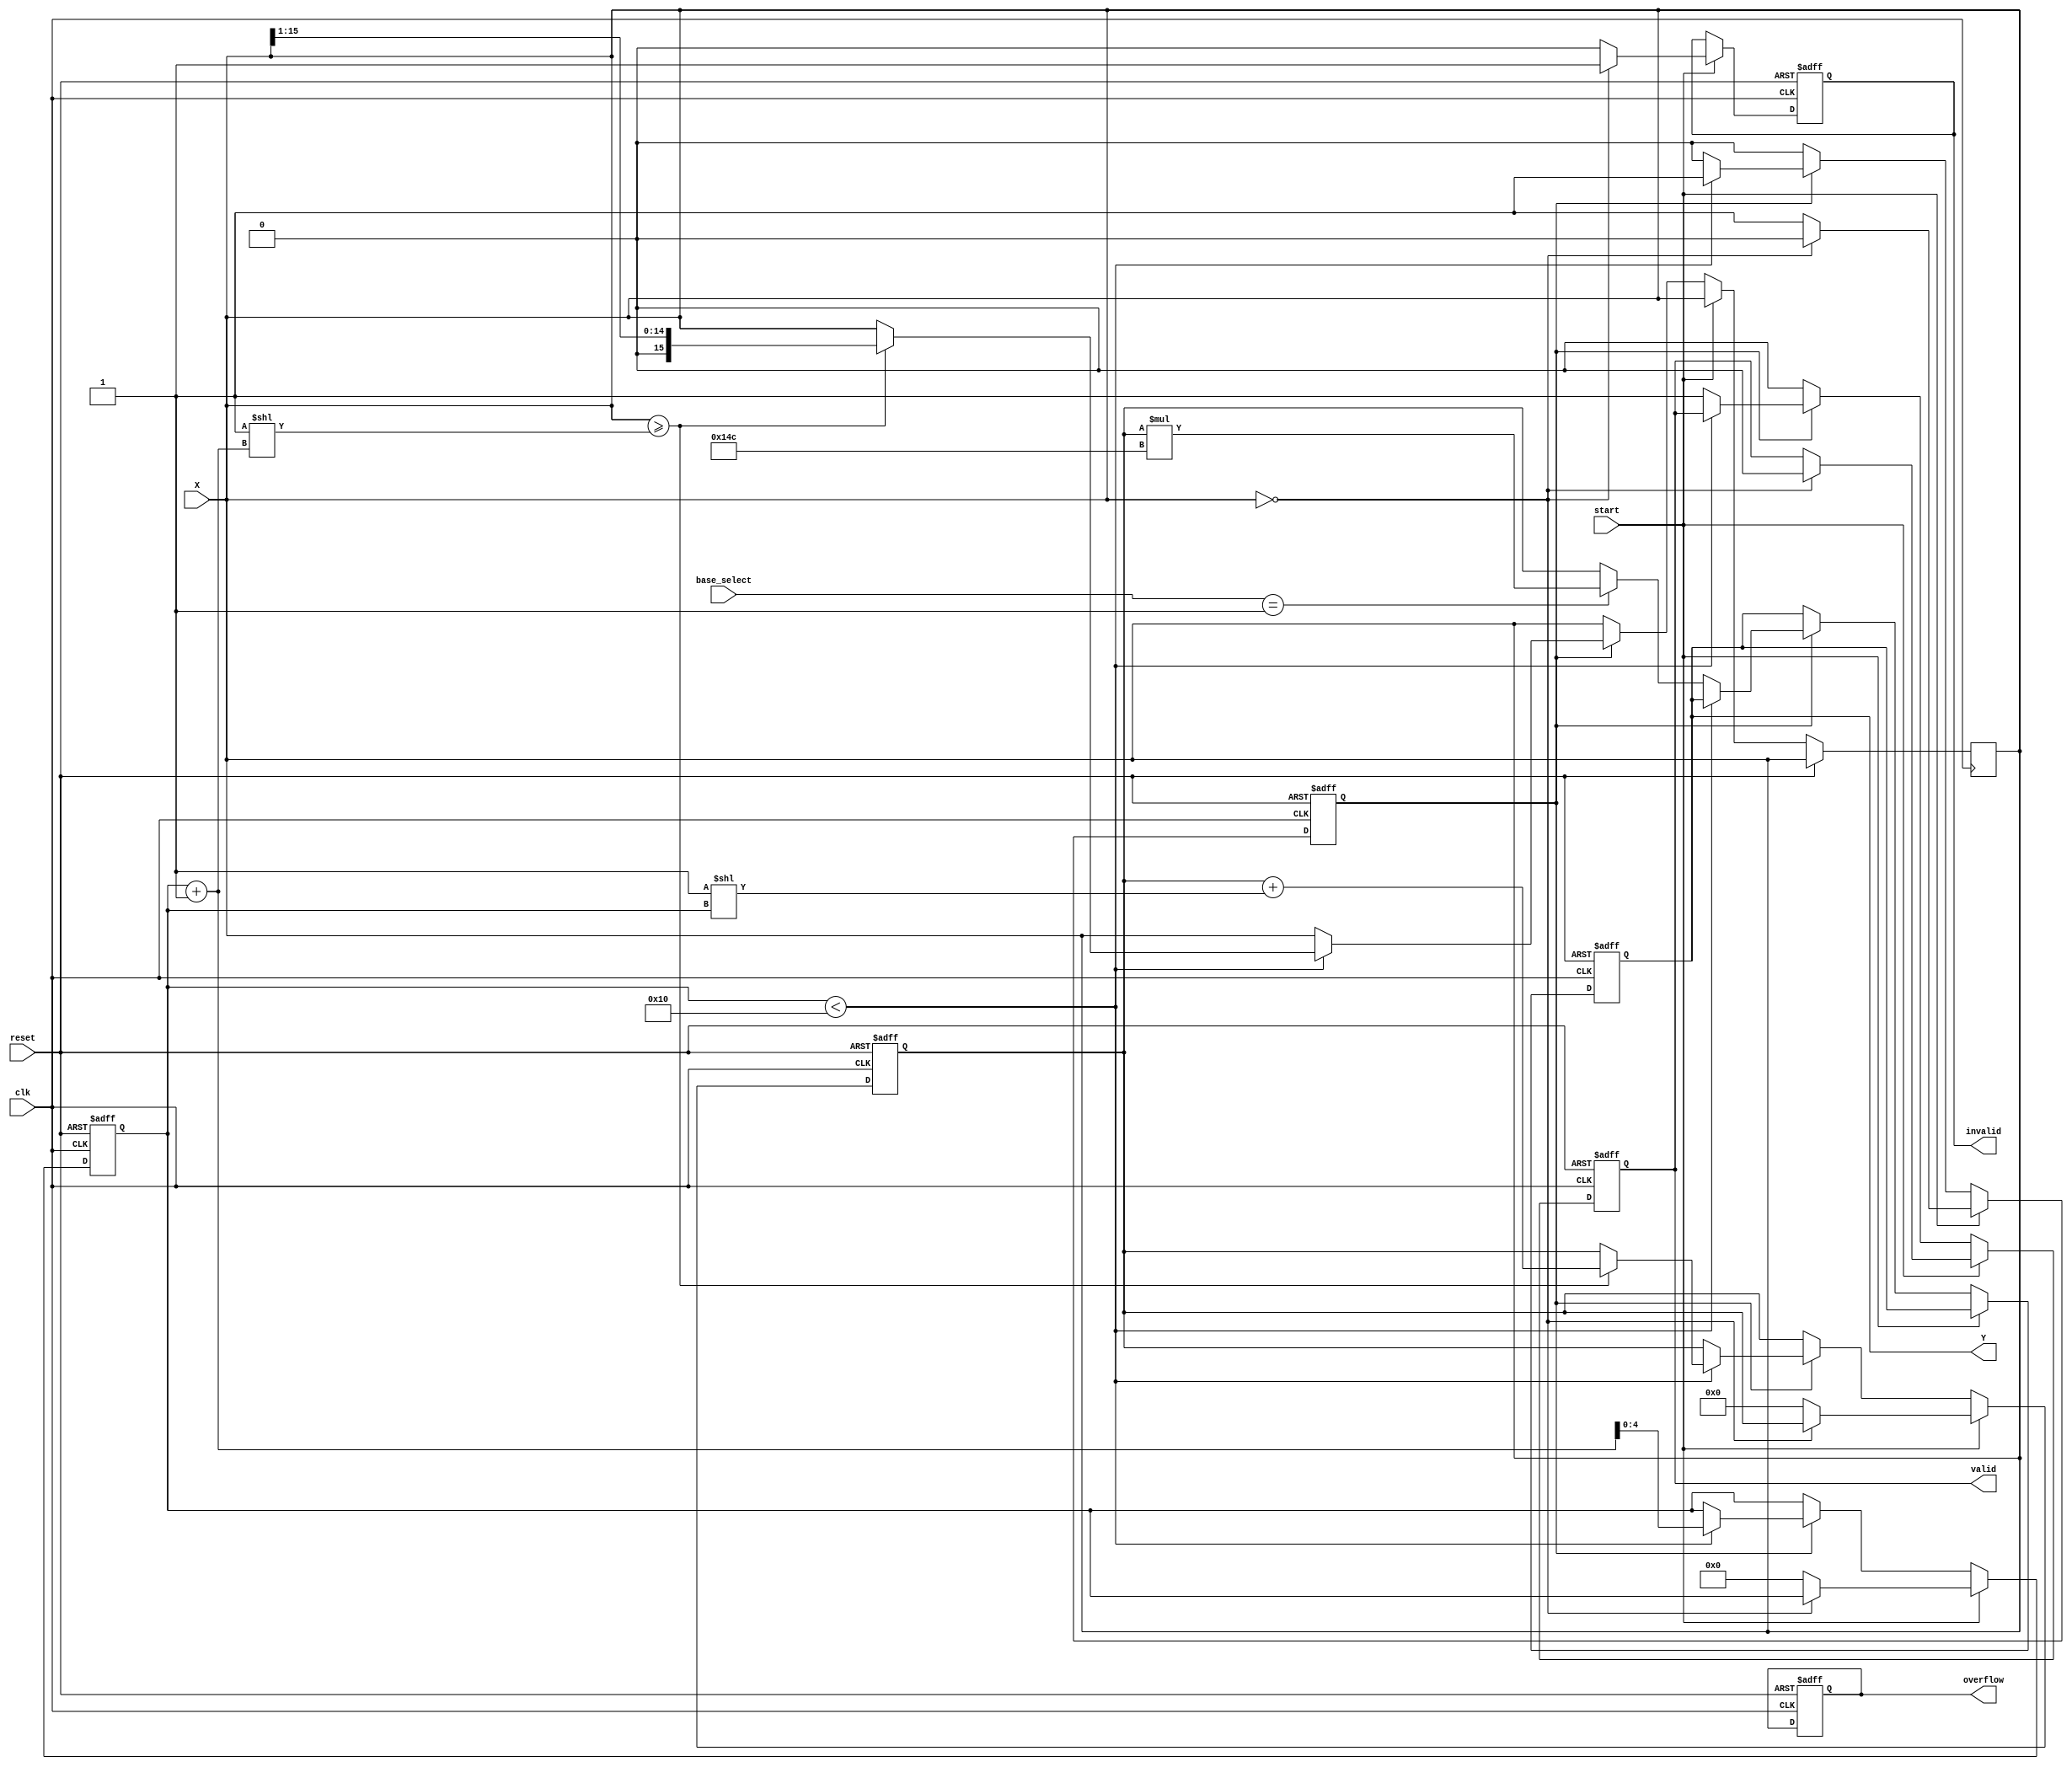
module LogarithmFunctionGenerator (
    input wire [15:0] X,           // Input value (fixed-point)
    input wire [1:0] base_select,  // Control signal for selecting base (00: base 2, 01: base 10)
    input wire start,              // Start computation signal
    input wire clk,                // Clock signal
    input wire reset,              // Reset signal
    output reg [15:0] Y,           // Logarithm output
    output reg valid,              // Output valid flag
    output reg invalid,            // Invalid input flag
    output reg overflow            // Overflow flag
);

    reg [15:0] log_value;          // Intermediate logarithm value
    reg [4:0] counter;             // Iteration counter
    reg computing;                 // Flag to indicate computation in progress

    // Constants for base conversion (for base 10)
    parameter BASE_10_SCALE = 16'd332; // Approximation constant for base 10 conversion

    // State machine for logarithm computation
    always @(posedge clk or posedge reset) begin
        if (reset) begin
            Y <= 16'd0;
            valid <= 1'b0;
            invalid <= 1'b0;
            overflow <= 1'b0;
            log_value <= 16'd0;
            counter <= 5'd0;
            computing <= 1'b0;
        end else if (start) begin
            if (X == 16'd0) begin
                invalid <= 1'b1; // Logarithm of zero is undefined
                valid <= 1'b0;
                computing <= 1'b0;
            end else begin
                invalid <= 1'b0;
                computing <= 1'b1;
                log_value <= 16'd0; // Initialize log value
                counter <= 5'd0; // Reset counter
            end
        end else if (computing) begin
            if (counter < 16) begin
                // Simple iterative approximation for log2
                if (X >= (1 << (counter + 1))) begin
                    log_value <= log_value + (1 << counter);
                    X <= X >> 1; // Right shift to reduce X
                end
                counter <= counter + 1;
            end else begin
                computing <= 1'b0; // End of computation
                // Final output adjustment based on base selection
                if (base_select == 2'b01) begin
                    Y <= log_value * BASE_10_SCALE; // Scale for base 10
                end else begin
                    Y <= log_value; // Base 2 output
                end
                valid <= 1'b1; // Output is valid
            end
        end else begin
            valid <= 1'b0; // No valid output
        end
    end
endmodule